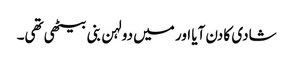
شادی کا دن آیا اور میں دولہن بنی بیٹھی تھی۔